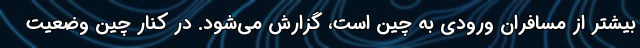
بیشتر از مسافران ورودی به چین است، گزارش می‌شود. در کنار چین وضعیت